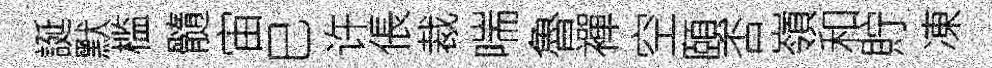
誕默槛髓宙巳许倀裁喘魯襌空頤否嶺和貯凍